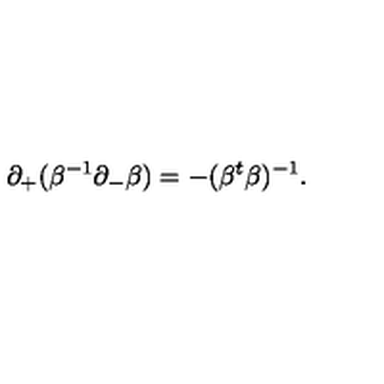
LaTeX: \partial _ { + } ( \beta ^ { - 1 } \partial _ { - } \beta ) = - ( \beta ^ { t } \beta ) ^ { - 1 } .